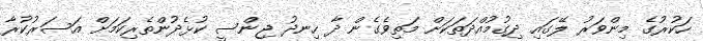
ހަކުރުގެ މިންވަރު ލޭގައި ދިގުމުއްދަތަކަށް މަތިވެގެން ދާ ހިނދު ޖިންސީ ކުޅެދުންތެރިކަމަށް އަސަރުކުރާ